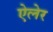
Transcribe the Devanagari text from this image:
ऐलेर